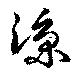
涼